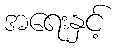
အရေးနှင့်